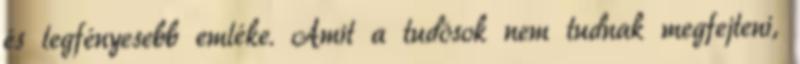
és legfényesebb emléke. Amit a tudósok nem tudnak megfejteni,